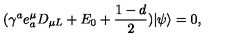
( \gamma ^ { a } e _ { a } ^ { \mu } D _ { \mu L } + E _ { 0 } + \frac { 1 - d } { 2 } ) | \psi \rangle = 0 ,